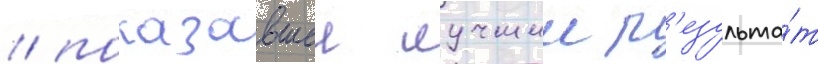
/ показавшеи лучшии р'езульта́т